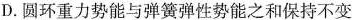
D.圆环重力势能与弹簧弹性势能之和保持不变